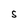
Character: S